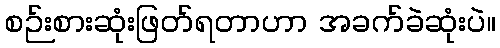
စဉ်းစားဆုံးဖြတ်ရတာဟာ အခက်ခဲဆုံးပဲ။